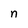
Character: n